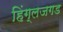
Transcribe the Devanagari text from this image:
हिंग्लजगड